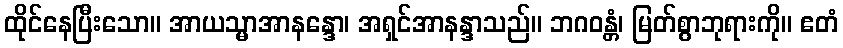
ထိုင်နေပြီးသော။ အာယသ္မာအာနန္ဒော၊ အရှင်အာနန္ဒာသည်။ ဘဂဝန္တံ၊ မြတ်စွာဘုရားကို။ ဧတံ